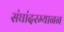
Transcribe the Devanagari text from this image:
संघांदरम्यानन